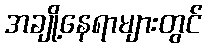
အချို့နေရာများတွင်